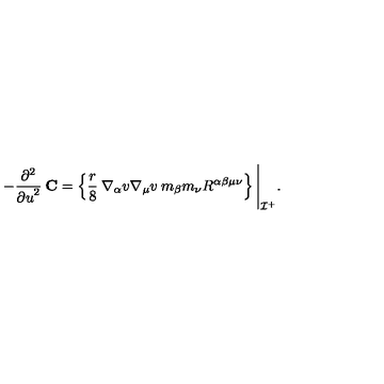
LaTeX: - \frac { \partial ^ { 2 } } { { \partial u } ^ { 2 } } \: { \bf C } = \left\{ \frac { r } { 8 } \: \nabla _ { \alpha } v \nabla _ { \mu } v \: m _ { \beta } m _ { \nu } R ^ { \alpha \beta \mu \nu } \right\} \Biggl | _ { { \cal I } ^ { + } } .